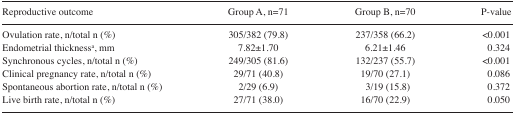
| Reproductive outcome | Group A, n=71 | Group B, n=70 | P-value |
 | --- | --- | --- | --- |
 | Ovulation rate, n/total n (%) | 305/382 (79.8) | 237/358 (66.2) | <0.001 |
 | Endometrial thicknessa, mm | 7.82±1.70 | 6.21±1.46 | 0.324 |
 | Synchronous cycles, n/total n (%) | 249/305 (81.6) | 132/237 (55.7) | <0.001 |
 | Clinical pregnancy rate, n/total n (%) | 29/71 (40.8) | 19/70 (27.1) | 0.086 |
 | Spontaneous abortion rate, n/total n (%) | 2/29 (6.9) | 3/19 (15.8) | 0.372 |
 | Live birth rate, n/total n (%) | 27/71 (38.0) | 16/70 (22.9) | 0.050 |